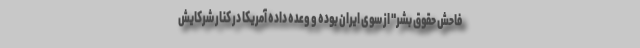
فاحش حقوق بشر" از سوی ایران بوده و وعده داده آمریکا در کنار شرکایش